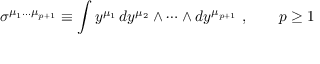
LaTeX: \sigma ^ { \mu _ { 1 } \dots \mu _ { p + 1 } } \equiv \int y ^ { \mu _ { 1 } } \, d y ^ { \mu _ { 2 } } \wedge \dots \wedge d y ^ { \mu _ { p + 1 } } \ , \qquad p \ge 1